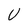
Character: U